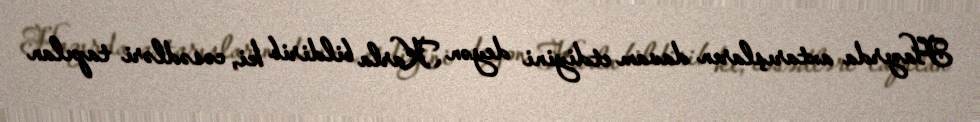
Hazırda axtarışların davam etdiyini deyən Karla bildirib ki, cəsədləri tapılan